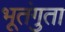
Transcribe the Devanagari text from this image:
भूतंगुता